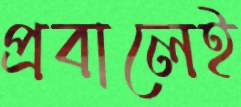
প্রবালেই